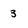
Character: 3